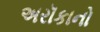
અરૉકાનો